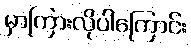
မှာကြားလိုပါကြောင်း